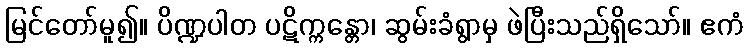
မြင်တော်မူ၍။ ပိဏ္ဍပါတ ပဋိက္ကန္တော၊ ဆွမ်းခံရွာမှ ဖဲပြီးသည်ရှိသော်။ ဧကံ